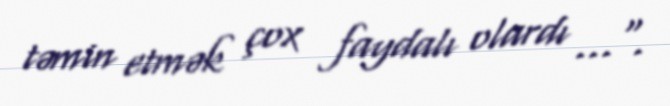
təmin etmək çox faydalı olardı …".